Annual report of the Imperial Bacteriologist
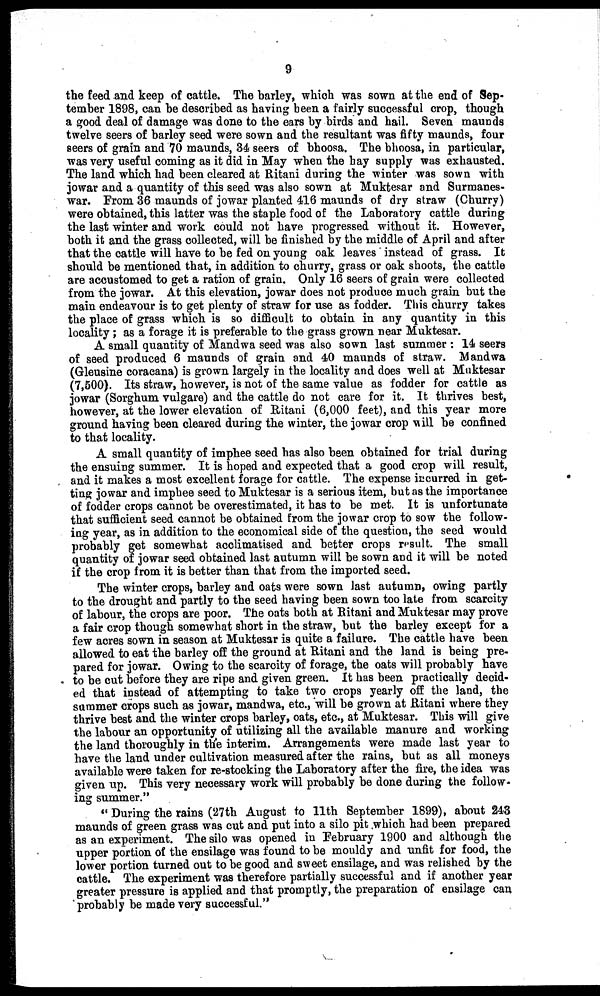
9
the feed and keep of cattle. The barley, which was sown at the end of Sep-
tember 1898, can be described as having been a fairly successful crop, though
a good deal of damage was done to the ears by birds and hail. Seven maunds
twelve seers of barley seed were sown and the resultant was fifty maunds, four
seers of grain and 70 maunds, 34 seers of bhoosa. The bhoosa, in particular,
was very useful coming as it did in May when the hay supply was exhausted.
The land which had been cleared at Ritani during the winter was sown with
jowar and a quantity of this seed was also sown at Muktesar and Surmanes-
war. From 36 maunds of jowar planted 416 maunds of dry straw (Churry)
were obtained, this latter was the staple food of the Laboratory cattle during
the last winter and work could not have progressed without it. However,
both it and the grass collected, will be finished by the middle of April and after
that the cattle will have to be fed on young oak leaves instead of grass. It
should be mentioned that, in addition to churry, grass or oak shoots, the cattle
are accustomed to get a ration of grain. Only 16 seers of grain were collected
from the jowar. At this elevation, jowar does not produce much grain but the
main endeavour is to get plenty of straw for use as fodder. This churry takes
the place of grass which is so difficult to obtain in any quantity in this
locality ; as a forage it is preferable to the grass grown near Muktesar.
A small quantity of Mandwa seed was also sown last summer : 14 seers
of seed produced 6 maunds of grain and 40 maunds of straw. Mandwa
(Gleusine coracana) is grown largely in the locality and does well at Muktesar
(7,500). Its straw, however, is not of the same value as fodder for cattle as
jowar (Sorghum vulgare) and the cattle do not care for it. It thrives best,
however, at the lower elevation of Ritani (6,000 feet), and this year more
ground having been cleared during the winter, the jowar crop will be confined
to that locality.
A small quantity of imphee seed has also been obtained for trial during
the ensuing summer. It is hoped and expected that a good crop will result,
and it makes a most excellent forage for cattle. The expense incurred in get-
ting jowar and imphee seed to Muktesar is a serious item, but as the importance
of fodder crops cannot be overestimated, it has to be met. It is unfortunate
that sufficient seed cannot be obtained from the jowar crop to sow the follow-
ing year, as in addition to the economical side of the question, the seed would
probably get somewhat acclimatised and better crops result. The small
quantity of jowar seed obtained last autumn will be sown and it will be noted
if the crop from it is better than that from the imported seed.
The winter crops, barley and oats were sown last autumn, owing partly
to the drought and partly to the seed having been sown too late from scarcity
of labour, the crops are poor. The oats both at Ritani and Muktesar may prove
a fair crop though somewhat short in the straw, but the barley except for a
few acres sown in season at Muktesar is quite a failure. The cattle have been
allowed to eat the barley off the ground at Ritani and the land is being pre-
pared for jowar. Owing to the scarcity of forage, the oats will probably have
to be cut before they are ripe and given green. It has been practically decid-
ed that instead of attempting to take two crops yearly off the land, the
summer crops such as jowar, mandwa, etc., will be grown at Ritani where they
thrive best and the winter crops barley, oats, etc., at Muktesar. This will give
the labour an opportunity of utilizing all the available manure and working
the land thoroughly in the interim. Arrangements were made last year to
have the land under cultivation measured after the rains, but as all moneys
available were taken for re-stocking the Laboratory after the fire, the idea was
given up. This very necessary work will probably be done during the follow-
ing summer."
" During the rains (27th August to 11th September 1899), about 243
maunds of green grass was cut and put into a silo pit which had been prepared
as an experiment. The silo was opened in February 1900 and although the
upper portion of the ensilage was found to be mouldy and unfit for food, the
lower portion turned out to be good and sweet ensilage, and was relished by the
cattle. The experiment was therefore partially successful and if another year
greater pressure is applied and that promptly, the preparation of ensilage can
probably be made very successful."